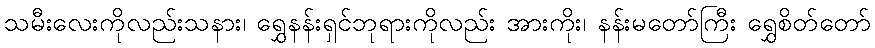
သမီးလေးကိုလည်းသနား၊ ရွှေနန်းရှင်ဘုရားကိုလည်း အားကိုး၊ နန်းမတော်ကြီး ရွှေစိတ်တော်